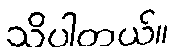
သိပါတယ်။